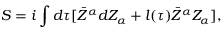
S = i \int d \tau [ \bar { Z } ^ { \alpha } d Z _ { \alpha } + l ( \tau ) \bar { Z } ^ { \alpha } Z _ { \alpha } ] ,